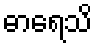
ဓာရေသိ